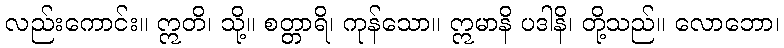
လည်းကောင်း။ ဣတိ၊ သို့။ စတ္တာရိ၊ ကုန်သော။ ဣမာနိ ပဒါနိ၊ တို့သည်။ လောဘော၊